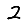
Digit: 2